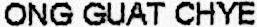
ONG GUAT CHYE